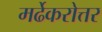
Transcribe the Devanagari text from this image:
मर्ढेकरोत्तर